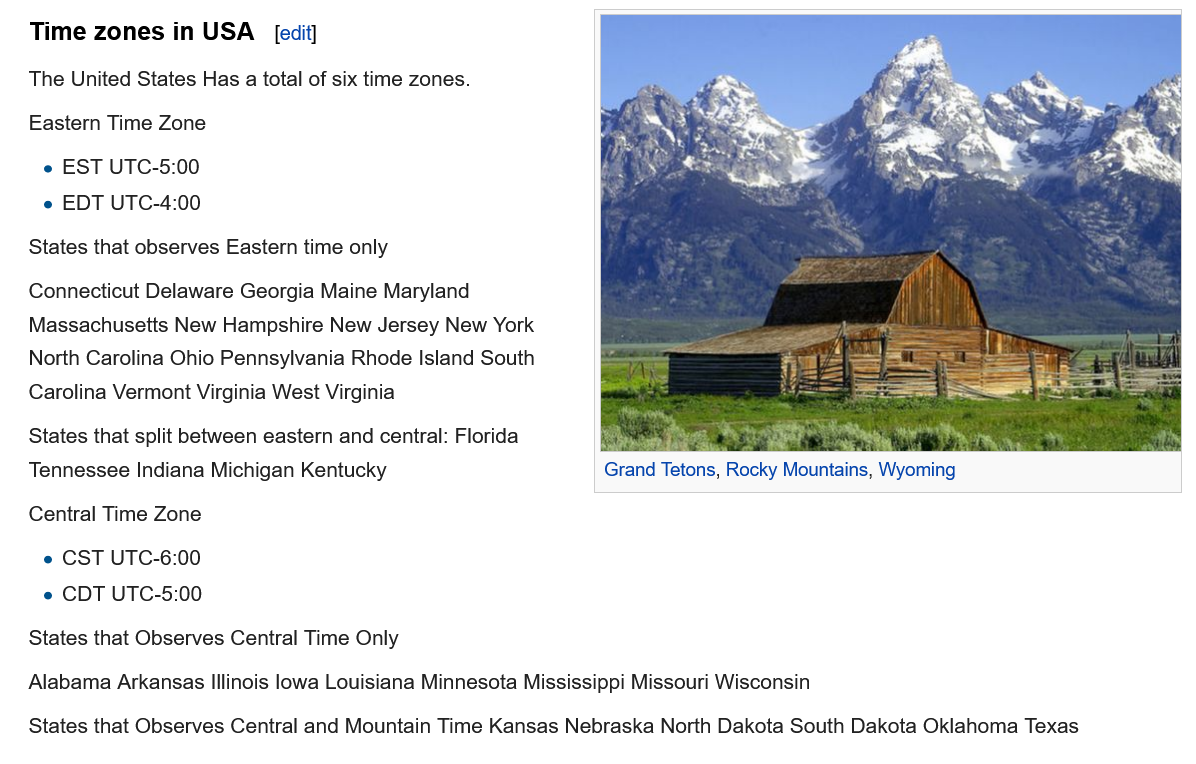
Grand Tetons, Rocky Mountains, Wyoming
   Time zones  in USA   edit]
   The United States Has a total of six time zones.
   Eastern Time Zone
    e EST UTC-5:00
    e EDT UTC-4:00
   Central Time Zone
    e CST UTC-6:00
    e CDT UTC-5:00
   States that observes Eastern time only
   Connecticut Delaware Georgia Maine Maryland
   Massachusetts New Hampshire New Jersey New York
   North Carolina Ohio Pennsylvania Rhode Island South
   Carolina Vermont Virginia West Virginia
   States that split between eastern and central: Florida
   Tennessee Indiana Michigan Kentucky
   States that Observes Central Time Only
   Alabama Arkansas Illinois lowa Louisiana Minnesota Mississippi Missouri Wisconsin
   States that Observes Central and Mountain Time Kansas Nebraska North Dakota South Dakota Oklahoma Texas